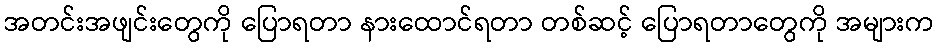
အတင်းအဖျင်းတွေကို ပြောရတာ နားထောင်ရတာ တစ်ဆင့် ပြောရတာတွေကို အများက